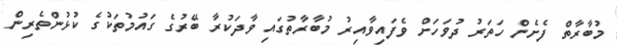
މުބާރާތް ފެށެން ހަތަރު ދުވަހަށް ވެފައިވާއިރު މުބާރާތުގައި ވާދަކުރާ ބޭރުގެ ގައުމުތަކުގެ ކުޅުންތެރިން